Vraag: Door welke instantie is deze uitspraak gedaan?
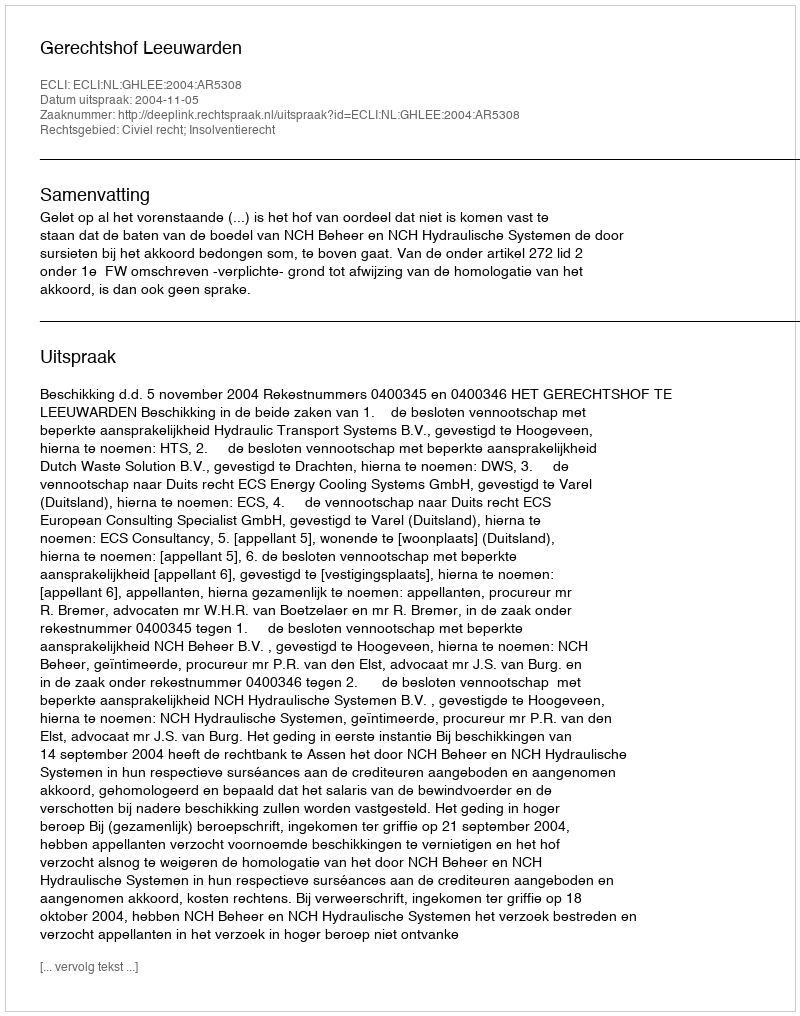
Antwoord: Gerechtshof Leeuwarden